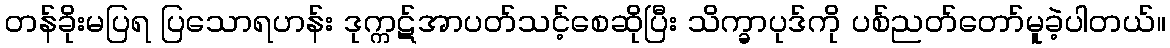
တန်ခိုးမပြရ ပြသောရဟန်း ဒုက္ကဋ်အာပတ်သင့်စေဆိုပြီး သိက္ခာပုဒ်ကို ပစ်ညတ်တော်မူခဲ့ပါတယ်။